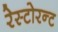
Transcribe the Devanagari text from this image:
रेस्टोरन्ट